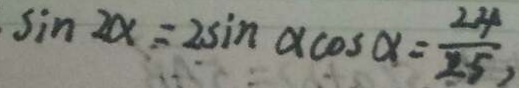
\sin 2 \alpha = 2 \sin \alpha \cos \alpha = \frac { 2 4 } { 2 5 } ,